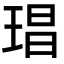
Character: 琩